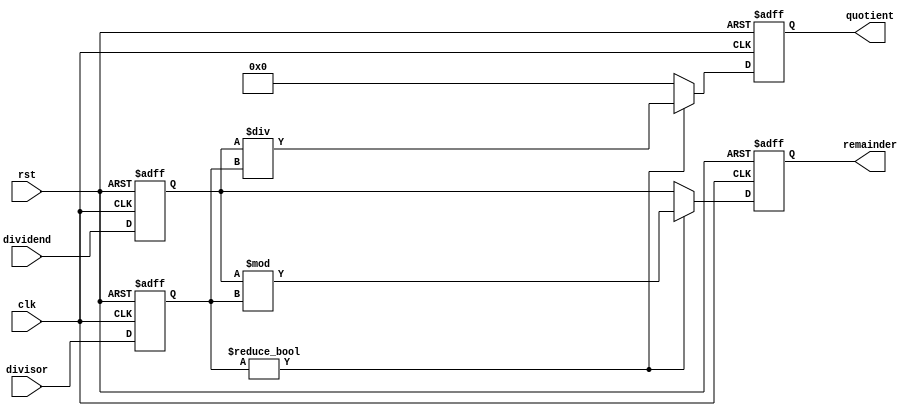
module PipelinedDivider (
    input wire clk,
    input wire rst,
    input wire [31:0] dividend,
    input wire [31:0] divisor,
    output reg [31:0] quotient,
    output reg [31:0] remainder
);

reg [31:0] dividend_reg;
reg [31:0] divisor_reg;
reg [31:0] quotient_reg;
reg [31:0] remainder_reg;

always @(posedge clk or posedge rst) begin
    if (rst) begin
        dividend_reg <= 0;
        divisor_reg <= 0;
        quotient_reg <= 0;
        remainder_reg <= 0;
    end else begin
        dividend_reg <= dividend;
        divisor_reg <= divisor;
        
        if (divisor_reg != 0) begin
            quotient_reg <= dividend_reg / divisor_reg;
            remainder_reg <= dividend_reg % divisor_reg;
        end
        else begin
            quotient_reg <= 0;
            remainder_reg <= dividend_reg;
        end
    end
end

assign quotient = quotient_reg;
assign remainder = remainder_reg;

endmodule